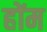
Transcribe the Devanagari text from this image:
होंम